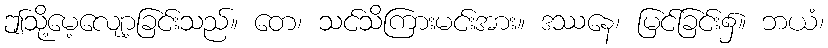
ဤသို့မေ့လျော့ခြင်းသည်။ တေ၊ သင်သိကြားမင်းအား။ ဒဿနေ၊ မြင်ခြင်း၌။ ဘယံ၊